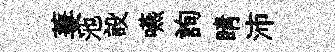
萋池設嚥詢睛沛